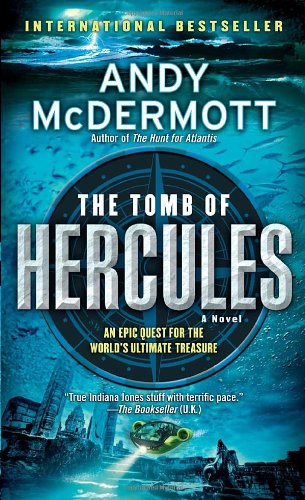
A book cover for The Tomb of Hercules: A Novel (Nina Wilde and Eddie Chase); Andy McDermott; Literature & Fiction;